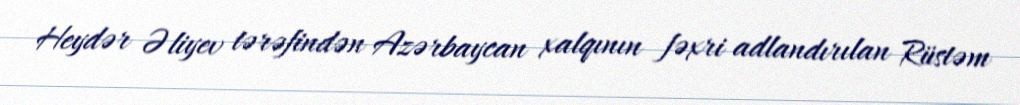
Heydər Əliyev tərəfindən Azərbaycan xalqının fəxri adlandırılan Rüstəm